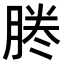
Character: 𠗲